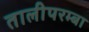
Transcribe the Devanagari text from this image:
तालीपरम्बा